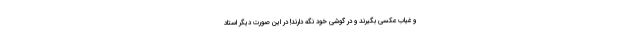
و غیاب عکسی بگیرند و در گوشی خود نگه دارند! در این صورت دیگر استاد